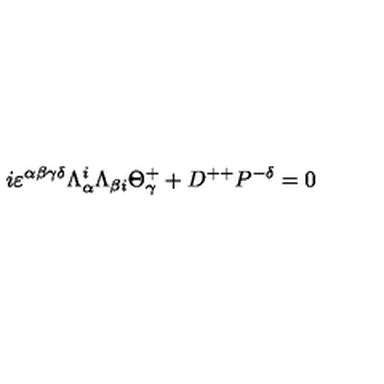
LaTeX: i \varepsilon ^ { \alpha \beta \gamma \delta } \Lambda _ { \alpha } ^ { i } \Lambda _ { \beta { i } } \Theta _ { \gamma } ^ { + } + D ^ { + + } P ^ { - \delta } = 0